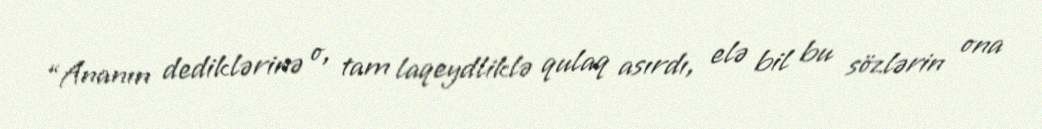
“Ananın dediklərinə o, tam laqeydliklə qulaq asırdı, elə bil bu sözlərin ona